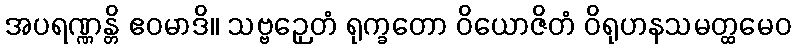
အပရဏ္ဏန္တိ ဧဝမာဒိ။ သဗ္ဗဉှေတံ ရုက္ခတော ဝိယောဇိတံ ဝိရုဟနသမတ္ထမေဝ